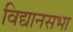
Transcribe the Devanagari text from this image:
विद्यानसभा